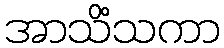
အာသိံသကာ